Scottish Certificate of Education, 1963
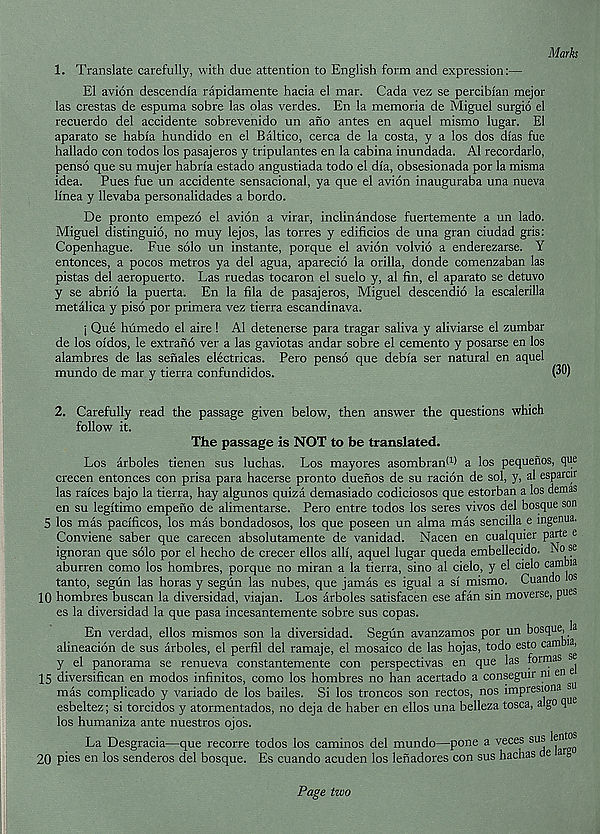
Marks
1. Translate carefully, with due attention to English form and expression:—
El avion descendia rapidamente hacia el mar. Cada vez se percibian mejor
las crestas de espuma sobre las olas verdes. En la memoria de Miguel surgio el
recuerdo del accidente sobrevenido un ano antes en aquel mismo lugar. El
aparato se habia hundido en el Baltico, cerca de la costa, y a los dos dias fue
hallado con todos los pasajeros y tripulantes en la cabina inundada. A1 recordarlo,
penso que su mujer habria estado angustiada todo el dia, obsesionada por la misma
idea. Pues fue un accidente sensacional, ya que el avion inauguraba una nueva
linea y llevaba personalidades a bordo.
De pronto empezo el avion a virar, inclinandose fuertemente a un lado.
Miguel distinguio, no muy lejos, las torres y edificios de una gran ciudad gris:
Copenhague. Fue solo un instante, porque el avion volvio a enderezarse. Y
entonces, a pocos metros ya del agua, aparecio la orilla, donde comenzaban las
pistas del aeropuerto. Las ruedas tocaron el suelo y, al fin, el aparato se detuvo
y se abrio la puerta. En la fila de pasajeros, Miguel descendio la escalerilla
metalica y piso por primera vez tierra escandinava.
j Que humedo el aire! Al detenerse para tragar saliva y aliviarse el zumbar
de los oidos, le extrano ver a las gaviotas andar sobre el cemento y posarse en los
alambres de las senales electricas. Pero penso que debia ser natural en aquel
mundo de mar y tierra confundidos.
(30)
2. Carefully read the passage given below, then answer the questions which
follow it.
The passage is NOT to be translated.
Los arboles tienen sus luchas. Los mayores asombranP) a los pequenos, que
crecen entonces con prisa para hacerse pronto duefios de su racion de sol, y, al esparcu
las raices bajo la tierra, hay algunos quiza demasiado codiciosos que estorban a los demas
en su legitimo empeno de alimentarse. Pero entre todos los seres vivos del bosque son
5 los mas pacificos, los mas bondadosos, los que poseen un alma mas sencilla e ingenua.
Conviene saber que carecen absolutamente de vanidad. Nacen en cualquier parte e
ignoran que solo por el hecho de crecer ellos alii, aquel lugar queda embellecido. No se
aburren como los hombres, porque no miran a la tierra, sino al cielo, y el cielo cambia
tanto, segiin las horas y segiin las nubes, que jamas es igual a si mismo. Cuando to
10 hombres buscan la diversidad, viajan. Los arboles satisfacen ese afan sin moverse, pues
es la diversidad la que pasa incesantemente sobre sus copas.
En verdad, ellos mismos son la diversidad. Segun avanzamos por un bosque, la
alineacion de sus arboles, el perfil del ramaje, el mosaico de las hojas, todo esto cam «,
y el panorama se renueva constantemente con perspectivas en que las formas se
15 diversifican en modes infinites, como los hombres no han acertado a conseguir ni en^
mas complicado y variado de los bailes. Si los troncos son rectos, nos impresiona s
esbeltez; si torcidos y atormentados, no deja de haber en ellos una belleza tosca, algo q
los humaniza ante nuestros ojos.
La Desgracia—que recorre todos los caminos del mundo—pone a veces sus lentos
20 pi es en los senderos del bosque. Es cuando acuden los lenadores con sus hachas de a 0
el
Page two